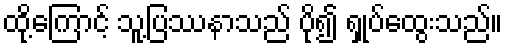
ထို့ကြောင့် သူ့ပြဿနာသည် ပို၍ ရှုပ်ထွေးသည်။